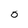
Character: o